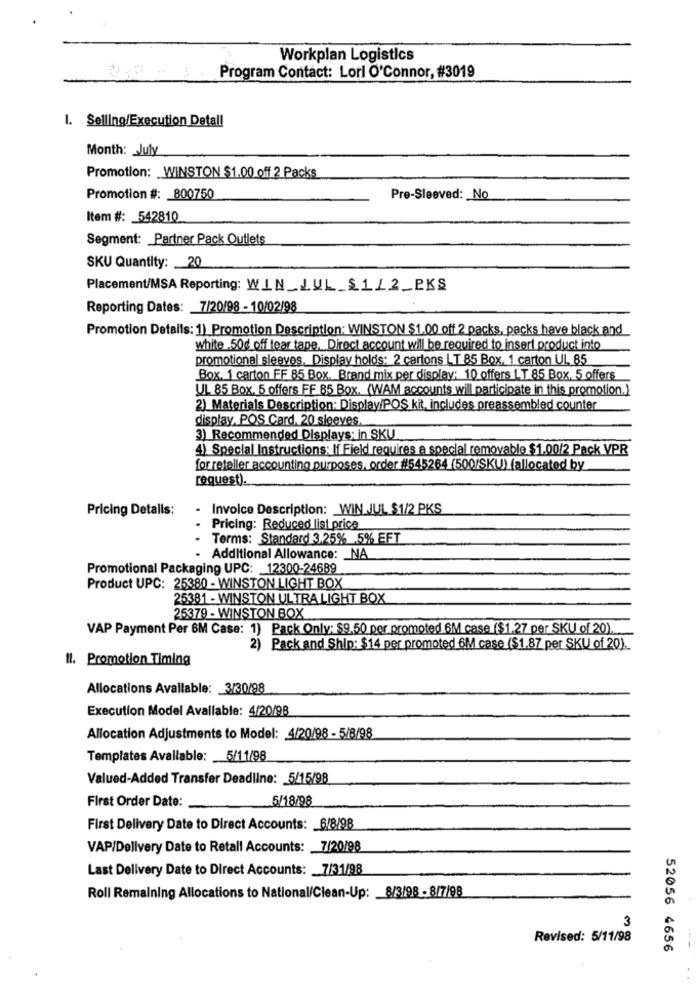
Workplan Logistics
Program Contact: Lorl O'Connor, #3019
I. Selling/Execution Detall
Month: _ July
Promotion: WINSTON $1.00 off 2 Packs
Promotion #: 800750
Pre-Sleeved: No
Item #: 542810
Segment: Partner Pack Outlets
SKU Quantity: 20
Placement/MSA Reporting: WIN_JUL_$1_2_PKS
Reporting Dates: 7/20/98 - 10/02/98
Promotion Details: 1) Promotion Description: WINSTON $1.00 off 2 packs, packs have black and
white .50d off tear tape, Direct account will be required to insert product into
promotional sleeves. Display holds: 2 cartons LT 85 Box, 1 carton UL 85
Box. 1 carton FF 85 Box. Brand mix per display: 10 offers LT 85 Box, 5 offers
UL 85 Box. 5 offers FF 85 Box. (WAM accounts will participate in this promotion.)
2) Materials Description: Display/POS kit, includes preassembled counter
display. POS Card, 20 sleeves
3) Recommended Displays; in SKU
4) Special Instructions: If Field requires a special removable $1.00/2 Pack VPR
for reteller accounting purposes, order #545264 (500/SKU) (allocated by
request).
Pricing Details:
- Invoice Description: WIN JUL $1/2 PKS
Pricing: Reduced list price
Terms: Standard 3.25% 5% EFT
Additional Allowance: _ NA
Promotional Packaging UPC: 12300-24689
Product UPC: 25380 - WINSTON LIGHT BOX
25381 - WINSTON ULTRA LIGHT BOX
25379 - WINSTON BOX
VAP Payment Per 6M Case: 1) Pack Only: $9.50 per promoted 6M case ($1.27 per SKU of 20).
2) Pack and Ship: $14 per promoted 6M case ($1.87 per SKU of 20).
Il. Promotion Timing
Allocations Available: 3/30/98
Execution Model Avallable: 4/20/98
Allocation Adjustments to Model: 4/20/98 - 5/8/98
Templates Available: 5/11/98
Valued-Added Transfer Deadline: 5/15/98
First Order Date:
5/18/98
First Delivery Date to Direct Accounts: 6/8/98
VAP/Delivery Date to Retall Accounts: 7/20/98
Last Delivery Date to Direct Accounts: 7/31/98
Roll Remaining Allocations to National/Clean-Up: 8/3/98 - 8/7/98
3
Revised: 5/11/98
52056 4656